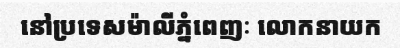
នៅប្រទេសម៉ាលីភ្នំពេញៈ លោកនាយក